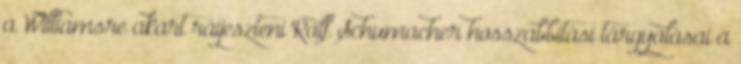
a Williamsre akart ráijeszteni Ralf Schumacher hosszabbítási tárgyalásai a